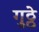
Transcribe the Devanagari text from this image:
गुठ्ठे